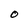
Character: O